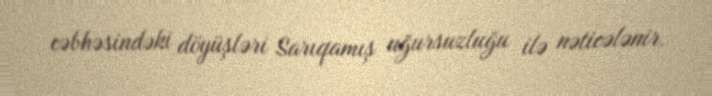
cəbhəsindəki döyüşləri Sarıqamış uğursuzluğu ilə nəticələnir.